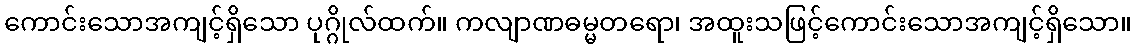
ကောင်းသောအကျင့်ရှိသော ပုဂ္ဂိုလ်ထက်။ ကလျာဏဓမ္မတရော၊ အထူးသဖြင့်ကောင်းသောအကျင့်ရှိသော။